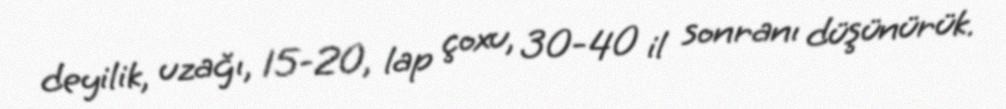
deyilik, uzağı, 15-20, lap çoxu, 30-40 il sonranı düşünürük.